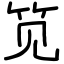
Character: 笕